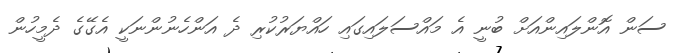
ސަން އޮންލައިންއަށް ބުނީ އެ މައްސަލައިގައި ހައްޔަރުކުރި ދެ އަންހެނުންނަކީ އެގޭގެ ދެމީހުން